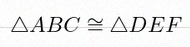
\triangle ABC\cong\triangle DEF